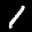
Label: 1